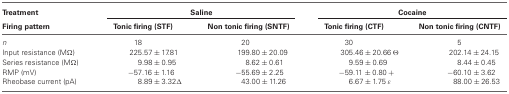
<table><thead><tr><td><b>Treatment</b></td><td colspan="2"><b>Saline</b></td><td colspan="2"><b>Cocaine</b></td></tr><tr><td><b>Firing pattern</b></td><td><b>Tonic firing (STF)</b></td><td><b>Non tonic firing (SNTF)</b></td><td><b>Tonic firing (CTF)</b></td><td><b>Non tonic firing (CNTF)</b></td></tr></thead><tbody><tr><td><i>n</i></td><td>18</td><td>20</td><td>30</td><td>5</td></tr><tr><td>Input resistance (MΩ)</td><td>225.57 ± 17.81</td><td>199.80 ± 20.09</td><td>305.46 ± 20.66 Θ</td><td>202.14 ± 24.15</td></tr><tr><td>Series resistance (MΩ)</td><td>9.98 ± 0.95</td><td>8.62 ± 0.61</td><td>9.59 ± 0.69</td><td>8.44 ± 0.45</td></tr><tr><td>RMP (mV)</td><td>−57.16 ± 1.16</td><td>−55.69 ± 2.25</td><td>−59.11 ± 0.80 +</td><td>−60.10 ± 3.62</td></tr><tr><td>Rheobase current (pA)</td><td>8.89 ± 3.32 Δ</td><td>43.00 ± 11.26</td><td>6.67 ± 1.75 <i>ε</i></td><td>88.00 ± 26.53</td></tr></tbody></table>